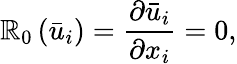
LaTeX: {\mathbb{R}_{0}}\left({{{\bar{{u}}}_{i}}}\right)=\frac{{{\partial{{\bar{{u}}}_{i}}}}}{{{\partial{x_{i}}}}}=0,